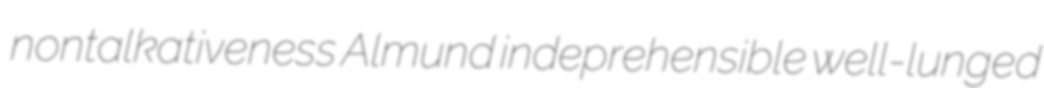
nontalkativeness Almund indeprehensible well-lunged